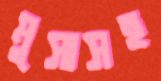
মুসাসহ